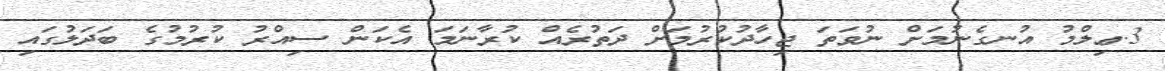
3.ޢިލްމު އުނގެނުމަށް ނުވަތަ ޖިހާދުކުރުމަށް ދަތުރެއް ކުރާނަމަ އެކަން ސިއްރު ކުރުމުގެ ބަދަލުގައި